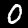
Label: 0